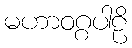
မဟာဝဂ္ဂပါဠိ